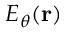
E _ { \theta } ( { \mathbf { r } } )